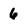
Character: 6